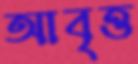
আবৃত্ত